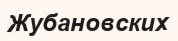
Жубановских